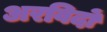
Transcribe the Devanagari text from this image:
अरविदों